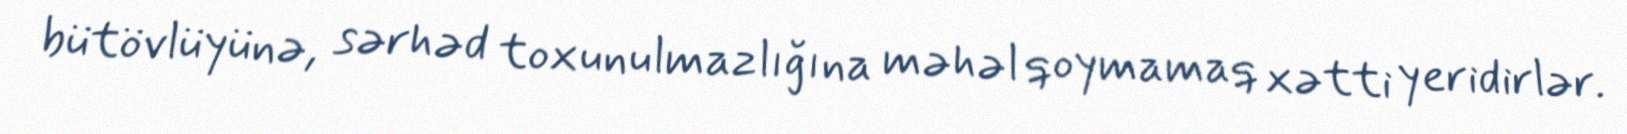
bütövlüyünə, sərhəd toxunulmazlığına məhəl qoymamaq xətti yeridirlər.